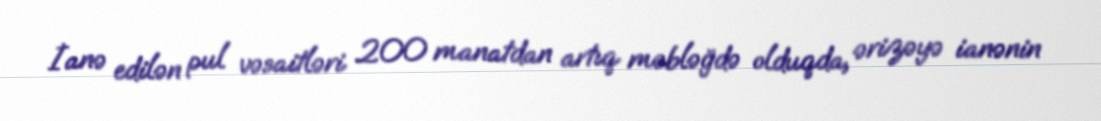
İanə edilən pul vəsaitləri 200 manatdan artıq məbləğdə olduqda, ərizəyə ianənin